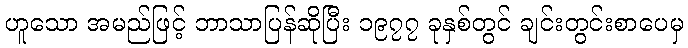
ဟူသော အမည်ဖြင့် ဘာသာပြန်ဆိုပြီး ၁၉၇၇ ခုနှစ်တွင် ချင်းတွင်းစာပေမှ